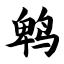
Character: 鹎